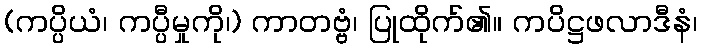
(ကပ္ပိယံ၊ ကပ္ပီမှုကို၊) ကာတဗ္ဗံ၊ ပြုထိုက်၏။ ကပိဋ္ဌဖလာဒီနံ၊